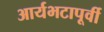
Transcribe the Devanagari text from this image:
आर्यभटापूर्वी